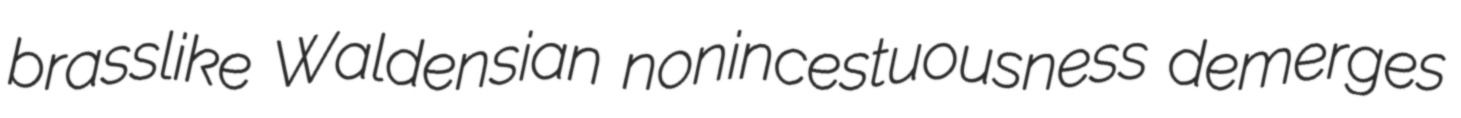
brasslike Waldensian nonincestuousness demerges